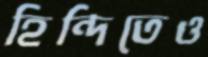
হিন্দিতেও